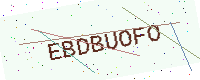
Text: EBDBUOFO